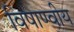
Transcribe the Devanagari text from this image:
विषाण्वीय